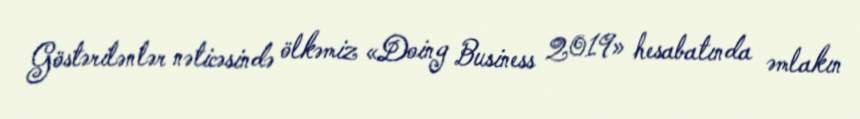
Göstərilənlər nəticəsində ölkəmiz «Doing Business 2019» hesabatında əmlakın